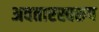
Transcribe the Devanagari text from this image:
अवतारस्वरुप